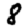
Digit: 8